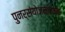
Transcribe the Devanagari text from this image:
पुनर्संयोजनात्मक